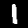
Label: 1